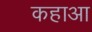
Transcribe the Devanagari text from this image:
कहाआ